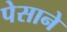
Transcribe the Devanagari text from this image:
पेसाने